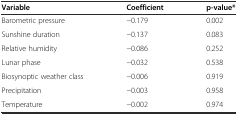
<table><thead><tr><td><b>Variable</b></td><td><b>Coefficient</b></td><td><b>p-value*</b></td></tr></thead><tbody><tr><td>Barometric pressure</td><td>−0.179</td><td>0.002</td></tr><tr><td>Sunshine duration</td><td>−0.137</td><td>0.083</td></tr><tr><td>Relative humidity</td><td>−0.086</td><td>0.252</td></tr><tr><td>Lunar phase</td><td>−0.032</td><td>0.538</td></tr><tr><td>Biosynoptic weather class</td><td>−0.006</td><td>0.919</td></tr><tr><td>Precipitation</td><td>−0.003</td><td>0.958</td></tr><tr><td>Temperature</td><td>−0.002</td><td>0.974</td></tr></tbody></table>